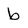
Character: b